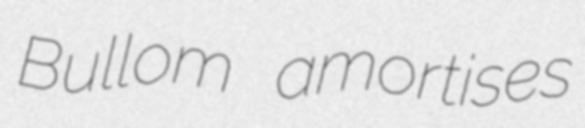
Bullom amortises